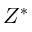
Z ^ { * }